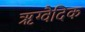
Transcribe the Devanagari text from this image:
ॠग्वैदिक